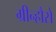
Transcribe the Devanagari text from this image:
ग्रीन्हौसे